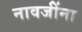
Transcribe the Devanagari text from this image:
नावजींना